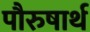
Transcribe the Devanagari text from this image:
पौरुषार्थ